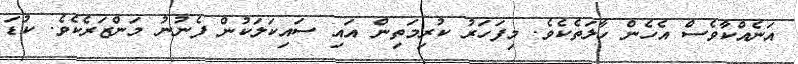
އަނެއްކާވެސް އެހެން ހާލަތެކެވެ. މިފަހަރު ކުރިމަތިން އައި ސައިކަލަކުން ފެނުނު މަންޒަރެކެވެ. ކުޑަ